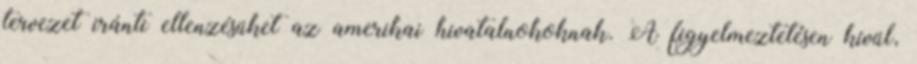
tervezet iránti ellenzésüket az amerikai hivatalnokoknak. A figyelmeztetésen kívül,